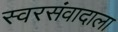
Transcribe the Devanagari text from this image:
स्वरसंवादाला